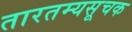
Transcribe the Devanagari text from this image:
तारतम्यसूचक